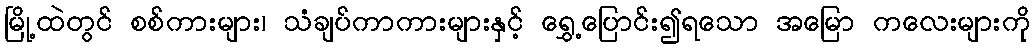
မြို့ထဲတွင် စစ်ကားများ၊ သံချပ်ကာကားများနှင့် ရွှေ့ပြောင်း၍ရသော အမြော ကလေးများကို